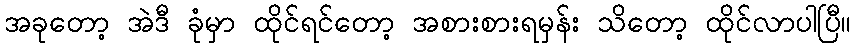
အခုတော့ အဲဒီ ခုံမှာ ထိုင်ရင်တော့ အစားစားရမှန်း သိတော့ ထိုင်လာပါပြီ။